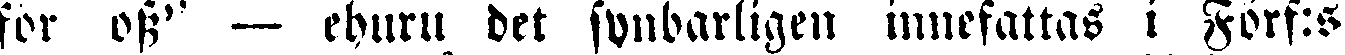
för oss" — ehuru det synbarligen innefattas i Förf:s